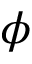
\phi